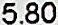
5.80